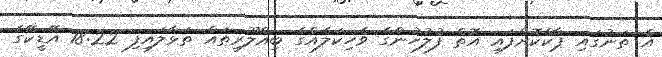
އެ ތަނުގައި ޕާކްކޮށްފައި އޮތް ފުލުހުންގެ ވެހިކަލެއްގެ ބިއްލޫރިތައް ތަޅާލައިފި 18:22 އޭޑީކޭގެ